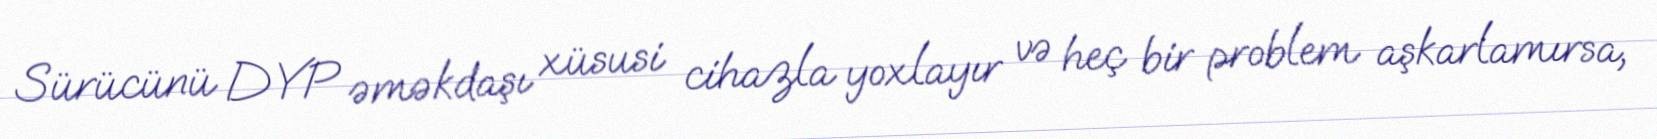
Sürücünü DYP əməkdaşı xüsusi cihazla yoxlayır və heç bir problem aşkarlamırsa,